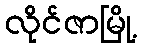
လိုင်ဇာမြို့